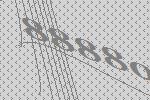
88880